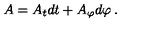
A = A _ { t } d t + A _ { \varphi } d { \varphi } \: .